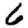
Digit: 6